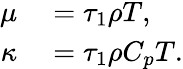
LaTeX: \begin{array}{rl}{\mu}&{{}=\tau_{1}\rho T,}\\ {\kappa}&{{}=\tau_{1}\rho C_{p}T.}\end{array}